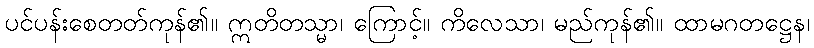
ပင်ပန်းစေတတ်ကုန်၏။ ဣတိတသ္မာ၊ ကြောင့်။ ကိလေသာ၊ မည်ကုန်၏။ ထာမဂတဋ္ဌေန၊